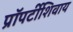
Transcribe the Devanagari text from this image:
प्रॉपर्टीशिवाय